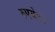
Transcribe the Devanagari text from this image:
रुपये९२